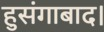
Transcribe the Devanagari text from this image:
हुसंगाबाद।